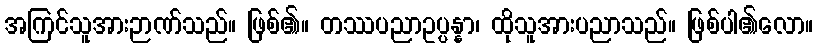
အကြင်သူအားဉာဏ်သည်။ ဖြစ်၏။ တဿပညာဥပ္ပန္နာ၊ ထိုသူအားပညာသည်။ ဖြစ်ပါ၏လော။